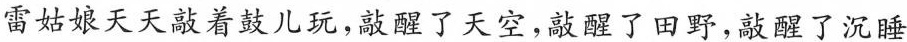
雷姑娘天天敲着鼓儿玩，敲醒了天空，敲醒了田野，敲醒了沉睡